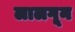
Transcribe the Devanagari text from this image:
लालगून